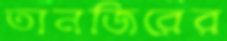
তানজিরের